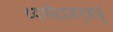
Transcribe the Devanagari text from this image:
ध्यायेदाजानुबाहुं